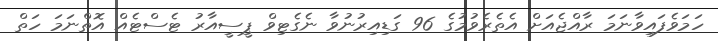
ހަމަވެފައިވާނަމަ ރާއްޖެއަށް އެތެރެވުމުގެ 96 ގަޑިއިރުނުވާ ނެގެޓިވް ޕީސީއާރު ޓެސްޓެއް އޮތްނަމަ ހަތް